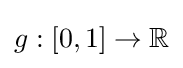
g:[0,1]\to \mathbb {R}